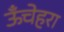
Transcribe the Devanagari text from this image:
ऊँचेहरा